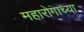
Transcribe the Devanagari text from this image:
महारोगाच्या